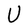
Character: U